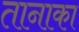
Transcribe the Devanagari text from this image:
तानाका